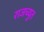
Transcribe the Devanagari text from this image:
राजच्युत